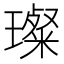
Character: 璨